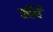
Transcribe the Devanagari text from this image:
कॉर्ने